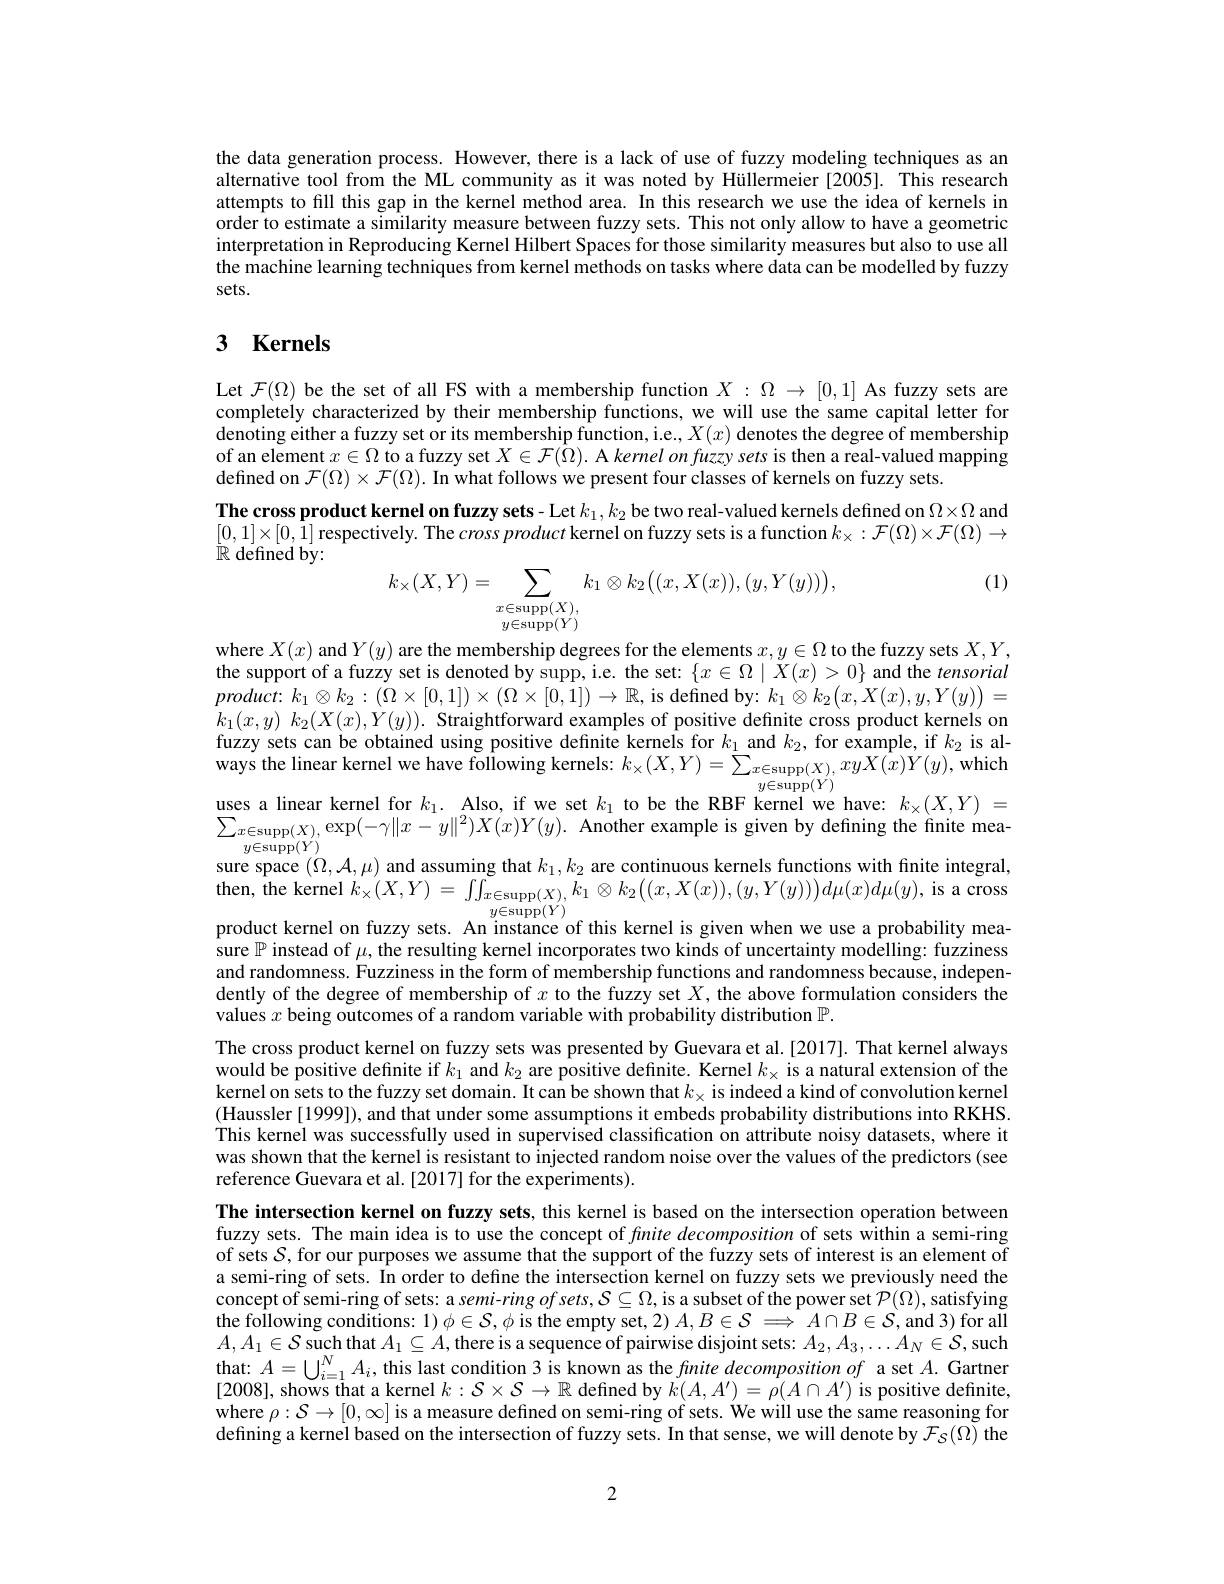
the data generation process. However, there is a lack of use of fuzzy modeling techniques as an alternative tool from the ML community as it was noted by Hüllermeier [2005]. This research attempts to fill this gap in the kernel method area. In this research we use the idea of kernels in order to estimate a similarity measure between fuzzy sets. This not only allow to have a geometric interpretation in Reproducing Kernel Hilbert Spaces for those similarity measures but also to use all the machine learning techniques from kernel methods on tasks where data can be modelled by fuzzy sets.

# 3 Kernels

Let $\mathcal{F}(\Omega)$ be the set of all FS with a membership function $X:\Omega\to[0,1]$ As fuzzy sets are completely characterized by their membership functions, we will use the same capital letter for $\hat{\text{denoting either a fuzzy set or its membership function, i.e.}},X(x)$ denotes the degree of membership of an element $x\in\Omega$ to a fuzzy set $X\in\mathcal{F}(\dot{\Omega}).$ A kernel on fuzzy sets is then a real-valued mapping defined on $\mathcal{F}(\Omega)\times\mathcal{F}(\Omega).$ In what follows we present four classes of kernels on fuzzy sets.
The cross product kernel on fuzzy sets- Let $k_1,k_2$ be two real-valued kernels defined on $\Omega\times\Omega$ and $[0,1]\times[0,\tilde{1}]$ respectively. The crossproduct kernel on fuzzy sets is a function $k_\times:\mathcal{F}(\Omega)\times\mathcal{F}(\Omega)\to$ $\bar{\mathbb{R}}$ defined by:

(1)
$$k_{\times}(X,Y)=\sum_{\substack{x\in\mathrm{supp}(X),\\y\in\mathrm{supp}(Y)}}k_{1}\otimes k_{2}\big((x,X(x)),(y,Y(y))\big),$$
where $X(x)$ and $Y(y)$ are the membership degrees for the elements $x,y\in\Omega$ to the fuzzy sets $X,Y$, the support of a fuzzy set is denoted by supp, i.e. the set: $\{x\in\Omega\mid\bar{X}(x)>0\}$ and the tensorial $product:$ $k_{1}\otimes k_{2}: ( \Omega \times [ 0, 1] ) \times ( \Omega \times [ 0, 1] ) \to \mathbb{R} $, is defined by: $k_1\otimes k_2(x,X(x),y,Y(y))=$ $k_{1}( x, y)$ $k_{2}( X( x) , Y( y) ) .$ Straightforward examples of positive definite cross product kernels on fuzzy sets can be obtained using positive definite kernels for $k_1$ and $k_2$, for example, if $k_2$ is always the linear kernel we have following kernels: $k_\times(X,Y)=\sum_{x\in\mathrm{supp}(X),xy\hat{X(x)}Y(y),\mathrm{which}}$ uses a linear kernel for $k_1.$ Also, if we set $k_1$ to be the RBF kernel we have: $k_\times(X,Y)=$ $\sum_{x\in\operatorname{supp}(X),}\exp(-\gamma\|x-y\|^2)X(x)Y(y).$ Another example is given by defining the finite mea-
$y{\in}$supp$(Y)$
sure space $(\Omega,\mathcal{A},\mu)$ and assuming that $k_1,k_2$ are continuous kernels functions with finite integral, $\begin{array}{l}{\mathrm{then,~the~kernel~}k_{\times}(X,Y)=~\int\int_{x\in\operatorname{supp}(X),}k_{1}\otimes k_{2}\Big((x,X(x)),(y,Y(y)\Big)\Big)d\mu(x)d\mu(y),~\mathrm{is~a~cross}}\\{y\in\operatorname{supp}(Y)}\end{array}$ product kernel on fuzzy sets. An instance of this kernel is given when we use a probability measure $\mathbb{P}$ instead of $\mu$, the resulting kernel incorporates two kinds of uncertainty modelling: fuzziness and randomness. Fuzziness in the form of membership functions and randomness because, independently of the degree of membership of $x$ to the fuzzy set $X$, the above formulation considers the values $x$ being outcomes of a random variable with probability distribution $\mathbb{P}.$
The cross product kernel on fuzzy sets was presented by Guevara et al.[2017]. That kernel always would be positive definite if $k_1$ and $k_2$ are positive definite. Kernel $k_\times$ is a natural extension of the kernel on sets to the fuzzy set domain. It can be shown that $k_\times$ is indeed a kind of convolution kernel (Haussler [1999]), and that under some assumptions it embeds probability distributions into RKHS This kernel was successfully used in supervised classification on attribute noisy datasets, where it was shown that the kernel is resistant to injected random noise over the values of the predictors (see reference Guevara et al. [2017] for the experiments).
The intersection kernel on fuzzy sets, this kernel is based on the intersection operation between fuzzy sets. The main idea is to use the concept of fnite decomposition of sets within a semi-ring of sets $\mathcal{S}$, for our purposes we assume that the support of the fuzzy sets of interest is an element of a semi-ring of sets. In order to define the intersection kernel on fuzzy sets we previously need the concept of semi-ring of sets: a semi-ring $ofsets,S\subseteq\Omega$, is a subset of the power set $\mathcal{P}(\Omega)$, satisfying the following conditions: $1)\phi\in\mathcal{S},\phi$ is the empty set, 2) $A,B\in\mathcal{S}\implies A\cap B\in\mathcal{S}$,and 3) for all $A,A_1\in\mathcal{S}$ such that $A_1\subseteq A$,there is a sequence of pairwise disjoint sets: $A_2,A_3,\ldots A_N\in\mathcal{S}$,such that: $A=\bigcup_i=1^NA_i$, this last condition 3 is known as the finite decomposition of a set $A.$ Gartner [2008], shows that a kernel $k:\mathcal{S}\times\mathcal{S}\to\mathbb{R}$ defined by $k(A,A^\prime)=\rho(A\cap A^\prime)$ is positive definite, where $\rho:\mathcal{S}\to[0,\infty]$ is a measure defined on semi-ring of sets. We will use the same reasoning for defining a kernei based on the intersection of fuzzy sets. In that sense, we will denote by $\mathcal{F}_S(\Omega)$ the

2